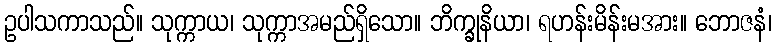
ဥပါသကာသည်။ သုက္ကာယ၊ သုက္ကာအမည်ရှိသော။ ဘိက္ခုနိယာ၊ ရဟန်းမိန်းမအား။ ဘောဇနံ၊